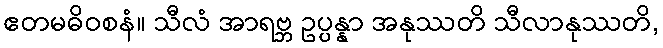
ဧတမဓိဝစနံ။ သီလံ အာရဗ္ဘ ဥပ္ပန္နာ အနုဿတိ သီလာနုဿတိ,